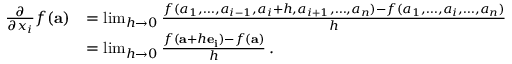
{ \begin{array} { r l } { { \frac { \partial } { \partial x _ { i } } } f ( \mathbf { a } ) } & { = \operatorname* { l i m } _ { h \to 0 } { \frac { f ( a _ { 1 } , \ldots , a _ { i - 1 } , a _ { i } + h , a _ { i + 1 } , \ldots , a _ { n } ) - f ( a _ { 1 } , \ldots , a _ { i } , \dots , a _ { n } ) } { h } } } \\ & { = \operatorname* { l i m } _ { h \to 0 } { \frac { f ( \mathbf { a } + h \mathbf { e _ { i } } ) - f ( \mathbf { a } ) } { h } } \, . } \end{array} }